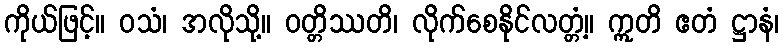
ကိုယ်ဖြင့်။ ဝသံ၊ အလိုသို့။ ဝတ္တိဿတိ၊ လိုက်စေနိုင်လတ္တံ့။ ဣတိ ဧတံ ဋ္ဌာနံ၊